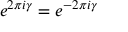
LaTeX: e ^ { 2 \pi i \gamma } = e ^ { - 2 \pi i \gamma }